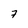
Character: 7